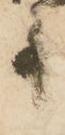
事